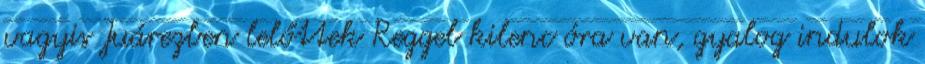
vagyis Juárezben lelőttek Reggel kilenc óra van, gyalog indulok